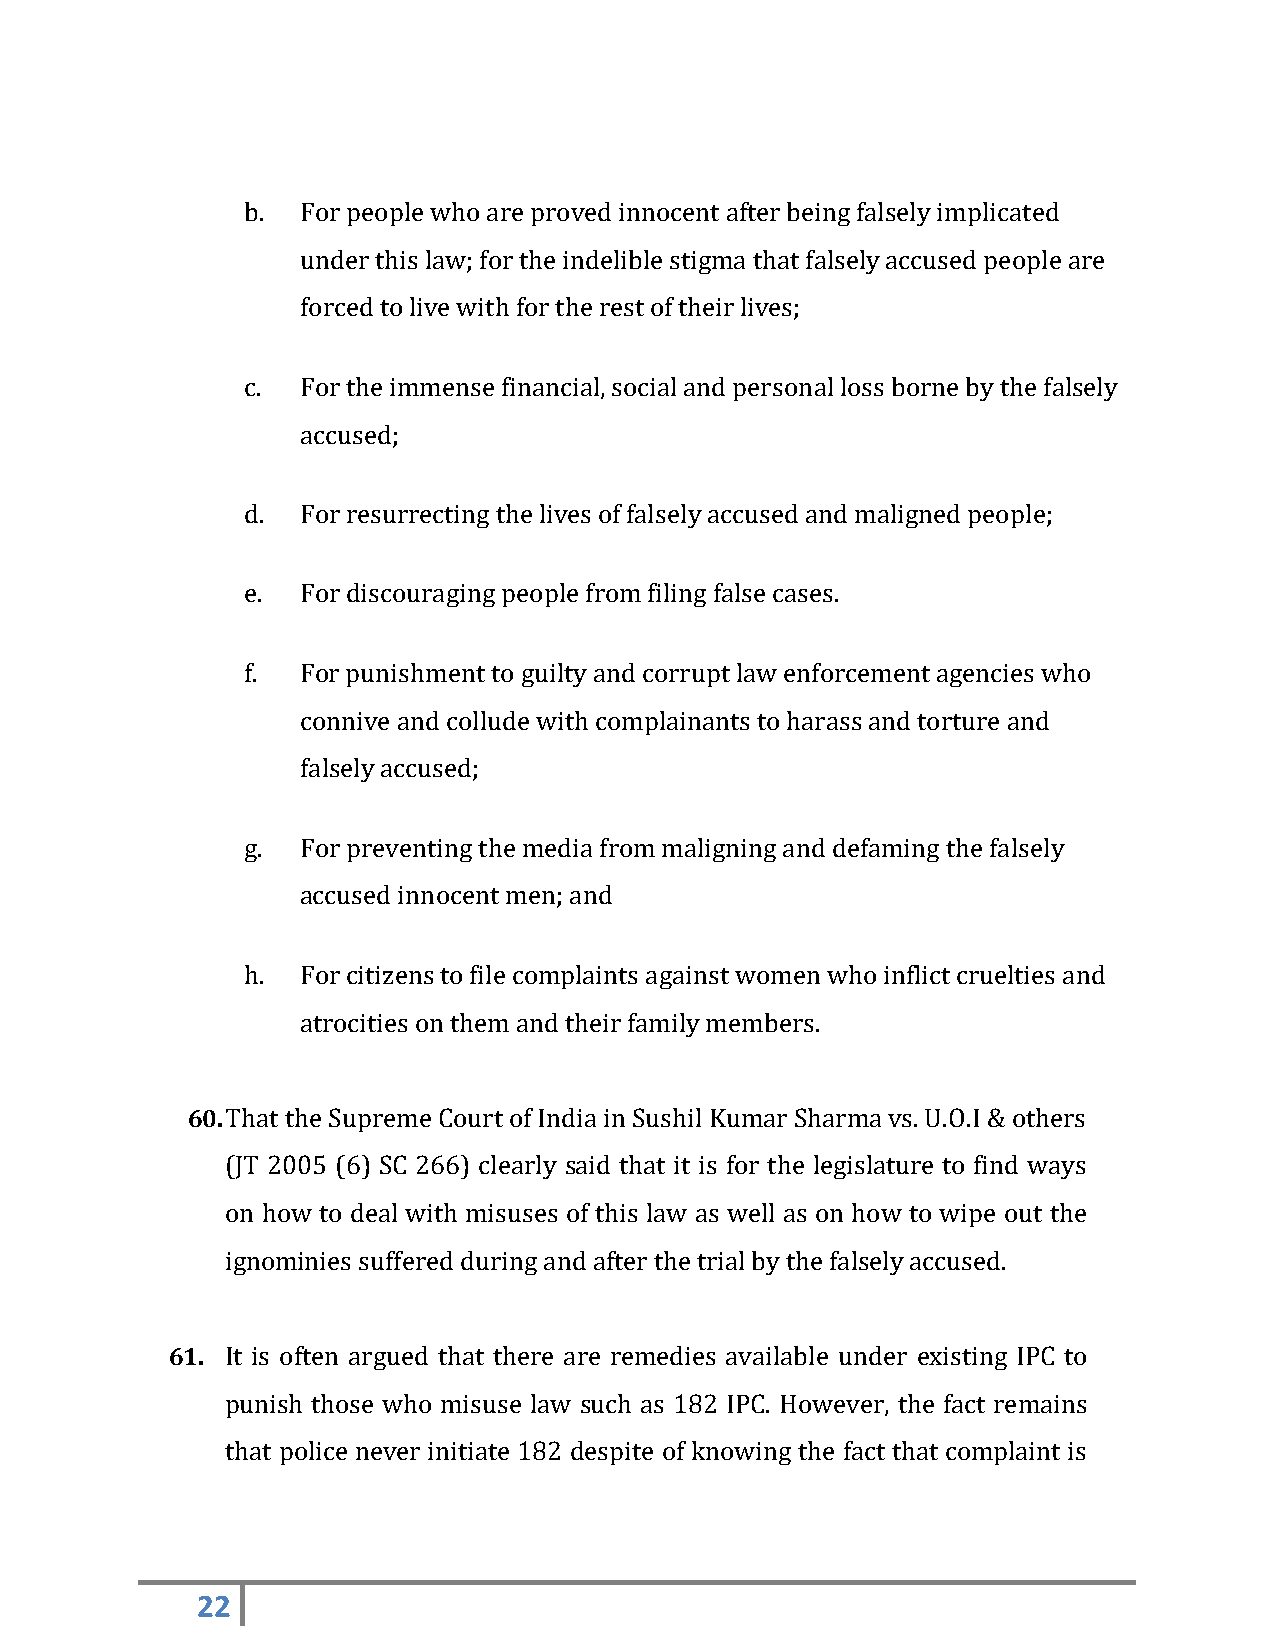
b.  For people who are proved innocent after being falsely implicated
 under this law; for the indelible stigma that falsely accused people are
 forced to live with for the rest of their lives;
 c.  For the immense financial, social and personal loss borne by the falsely
 accused;
 d.  For resurrecting the lives of falsely accused and maligned people;
 e.  For discouraging people from filing false cases.
 f.  For punishment to guilty and corrupt law enforcement agencies who
 connive and collude with complainants to harass and torture and
 falsely accused;
 g.  For preventing the media from maligning and defaming the falsely
 accused innocent men; and
 h.  For citizens to file complaints against women who inflict cruelties and
 atrocities on them and their family members.
 60. That the Supreme Court of India in Sushil Kumar Sharma vs. U.O.I & others
 (JT 2005 (6) SC 266) clearly said that it is for the legislature to find ways
 on how to deal with misuses of this law as well as on how to wipe out the
 ignominies suffered during and after the trial by the falsely accused.
 61. It is often argued that there are remedies available under existing IPC to
 punish those who misuse law such as 182 IPC. However, the fact remains
 that police never initiate 182 despite of knowing the fact that complaint is
 22